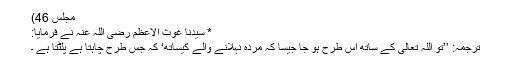
مجلس 46)
* سیّدنا غوث الاعظم رضی اللہ عنہٗ نے فرمایا:
ترجمہ: ’’تو اللہ تعالیٰ کے ساتھ اس طرح ہو جا جیسا کہ مردہ نہلانے والے کیساتھ‘ کہ جس طرح چاہتا ہے پلٹتا ہے ۔